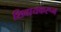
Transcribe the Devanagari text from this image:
शिवायकरून